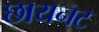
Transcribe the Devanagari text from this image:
छायनट